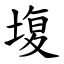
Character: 㙏